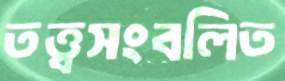
তত্ত্বসংবলিত